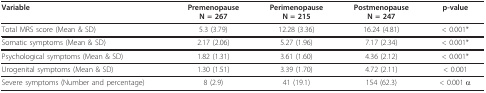
| Variable | PremenopauseN = 267 | PerimenopauseN = 215 | PostmenopauseN = 247 | p-value |
 | --- | --- | --- | --- | --- |
 | Total MRS score (Mean & SD) | 5.3 (3.79) | 12.28 (3.36) | 16.24 (4.81) | < 0.001* |
 | Somatic symptoms (Mean & SD) | 2.17 (2.06) | 5.27 (1.96) | 7.17 (2.34) | < 0.001* |
 | Psychological symptoms (Mean & SD) | 1.82 (1.31) | 3.61 (1.60) | 4.36 (2.12) | < 0.001* |
 | Urogenital symptoms (Mean & SD) | 1.30 (1.51) | 3.39 (1.70) | 4.72 (2.11) | < 0.001 |
 | Severe symptoms (Number and percentage) | 8 (2.9) | 41 (19.1) | 154 (62.3) | < 0.001 α |